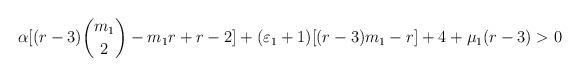
LaTeX: \begin{align*}\alpha [(r - 3) \binom{m_1}{2} - m_1 r + r - 2] + (\varepsilon_1 + 1) [(r - 3)m_1 - r ] + 4 + \mu_1(r - 3) > 0\end{align*}